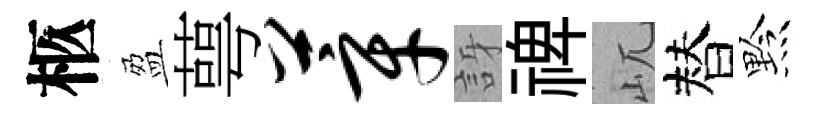
柩盈萼莘訝禆屼替黔